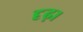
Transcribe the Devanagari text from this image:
दृढ़।